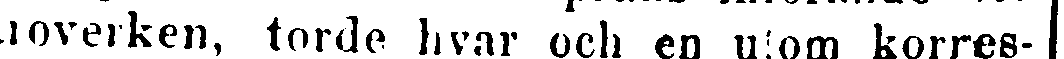
läroverken, torde hvar och en utom korres-